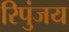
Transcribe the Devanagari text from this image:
रिपुंजय